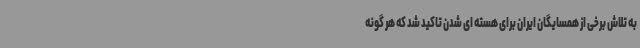
به تلاش برخی از همسایگان ایران برای هسته ای شدن تاکید شد که هر گونه